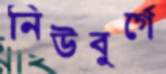
নিউবুর্গে